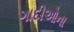
ગાદીઓના